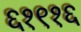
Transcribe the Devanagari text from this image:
६१९१६